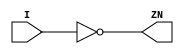
// This program was cloned from: https://github.com/chipsalliance/aib-phy-hardware
// License: Apache License 2.0

// SPDX-License-Identifier: Apache-2.0
// Copyright (C) 2019 Intel Corporation. 
module c3aibadapt_cmn_clkinv
(
        output  wire    ZN,
        input   wire    I
);

	assign ZN = ~I;

endmodule // c3aibadapt_cmn_clkinv